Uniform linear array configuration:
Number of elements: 48
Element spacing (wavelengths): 1
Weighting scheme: hamming
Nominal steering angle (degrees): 30
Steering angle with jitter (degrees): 30.185
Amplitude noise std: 0.05
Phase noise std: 0.05

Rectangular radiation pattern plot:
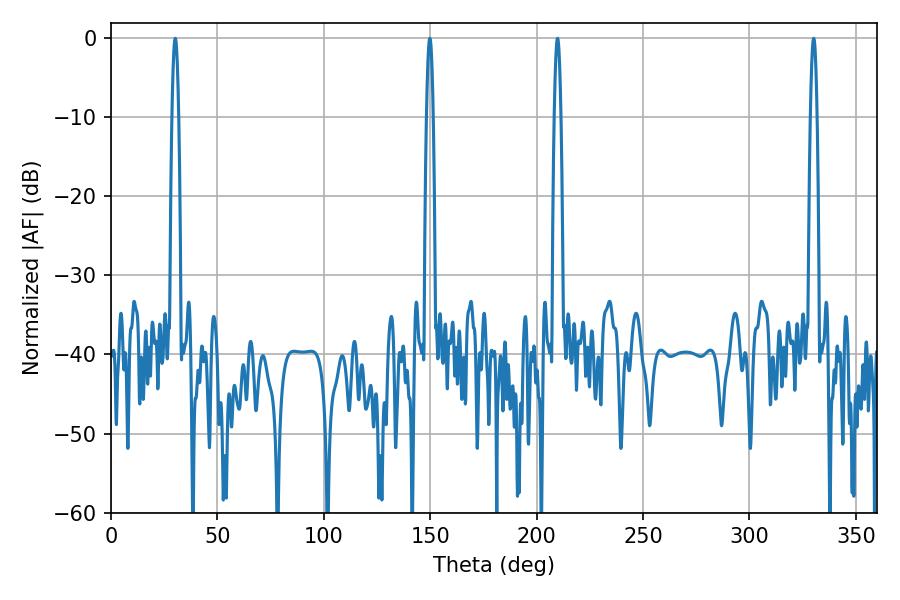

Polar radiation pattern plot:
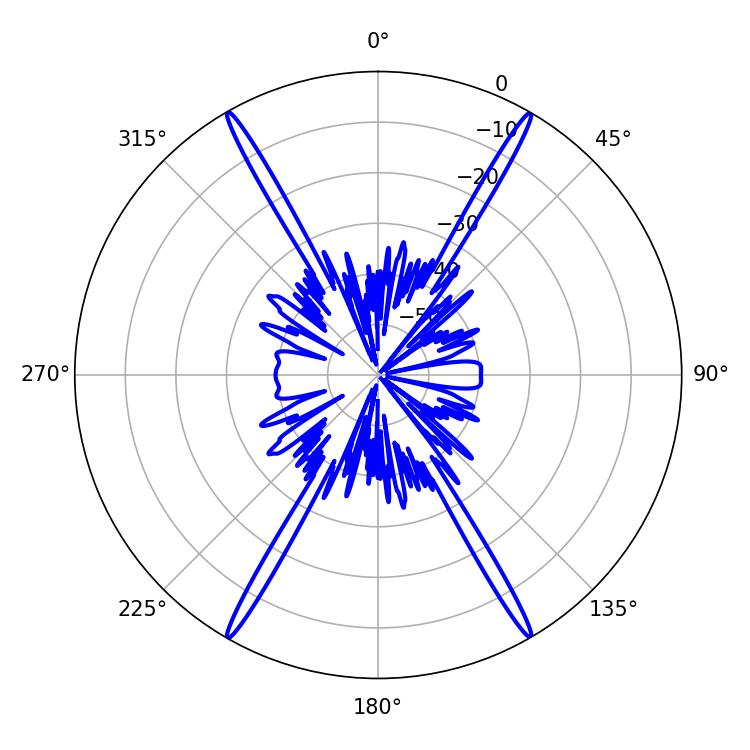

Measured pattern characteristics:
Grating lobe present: TRUE
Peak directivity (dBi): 36.822
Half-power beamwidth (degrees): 1.62
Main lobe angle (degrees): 30.24